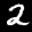
Label: 2